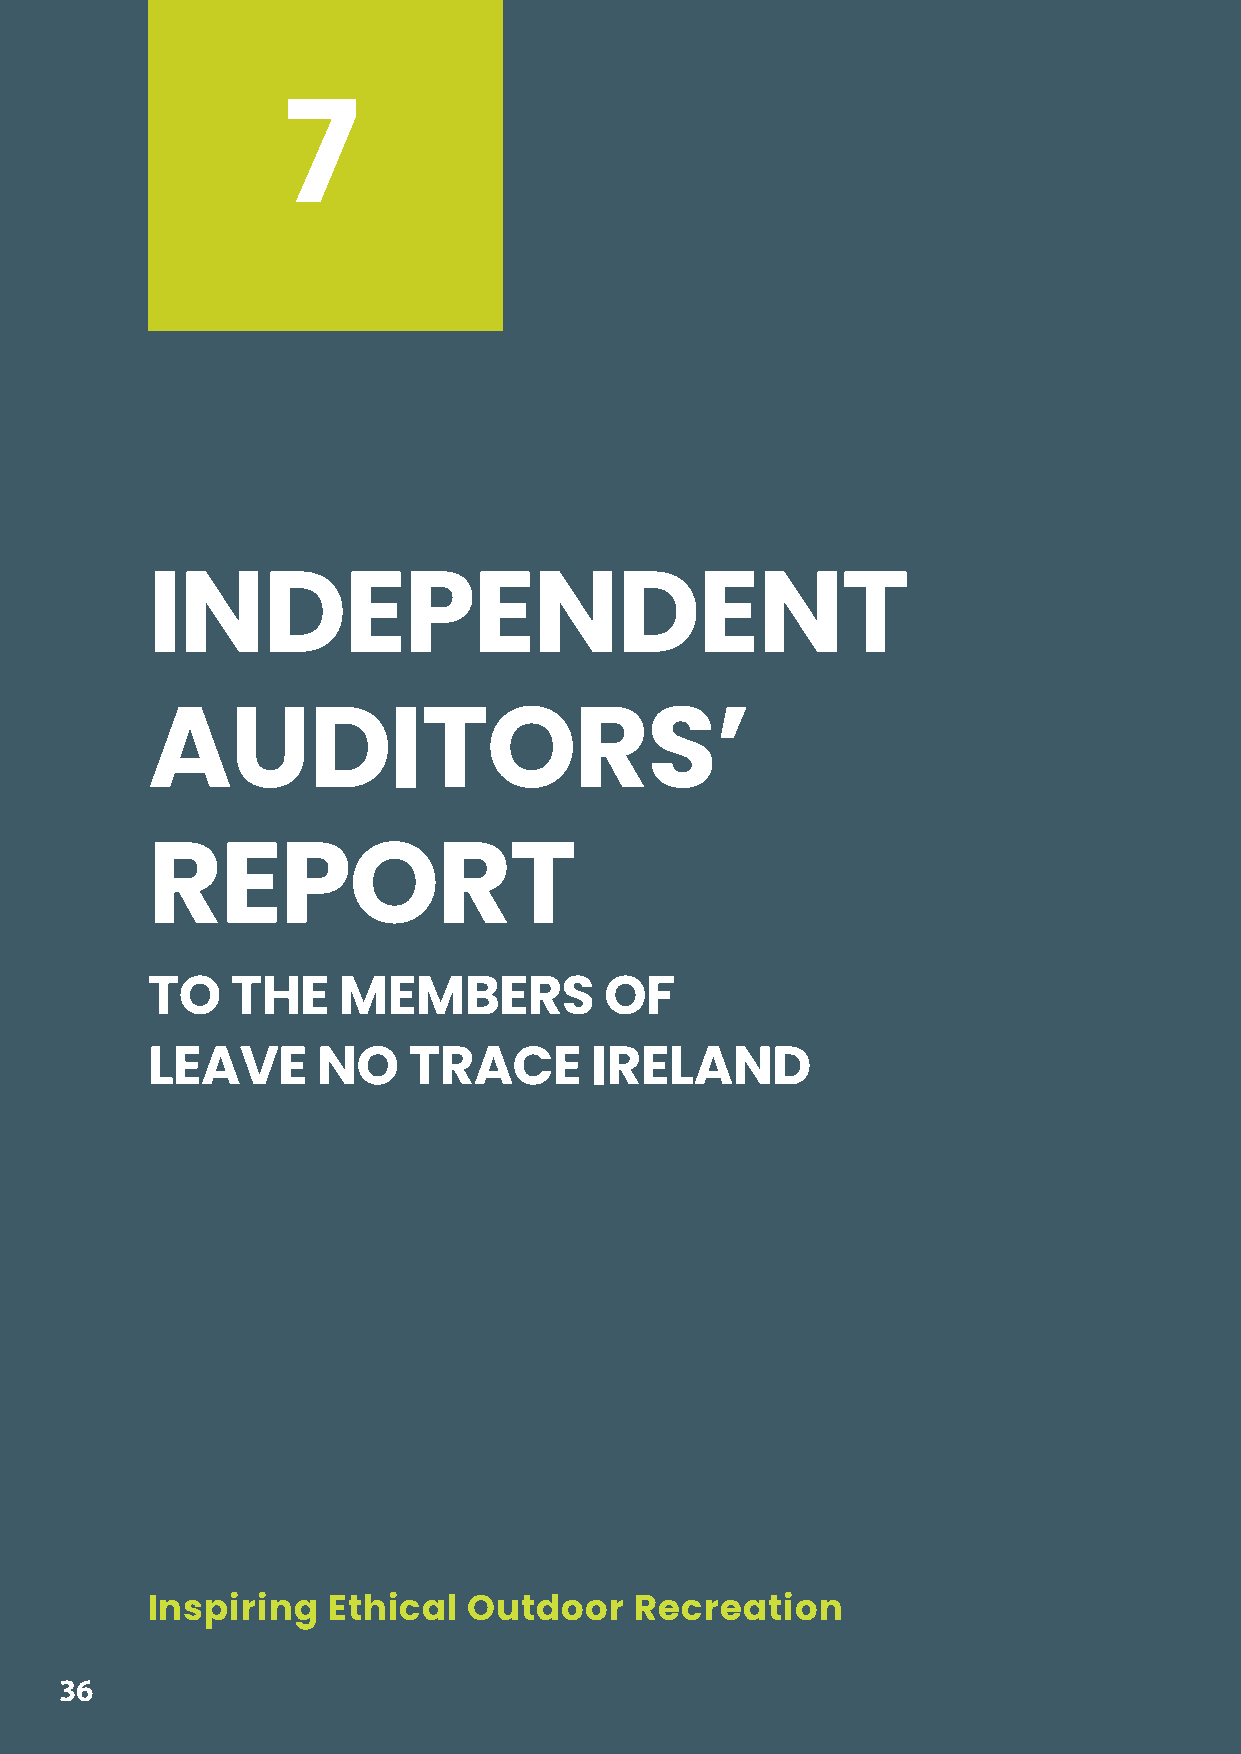
Leave No Trace Ireland - Annual Report 2020
 7
 INDEPENDENT
 AUDITORS’
 REPORT
 TO   THE    MEMBERS           OF
 LEAVE      NO    TRACE       IRELAND
 Inspiring   Ethical  Outdoor    Recreation
 3366
 0202
 tropeR
 launnA
 -
 dnalerI
 ecarT
 oN
 evaeL